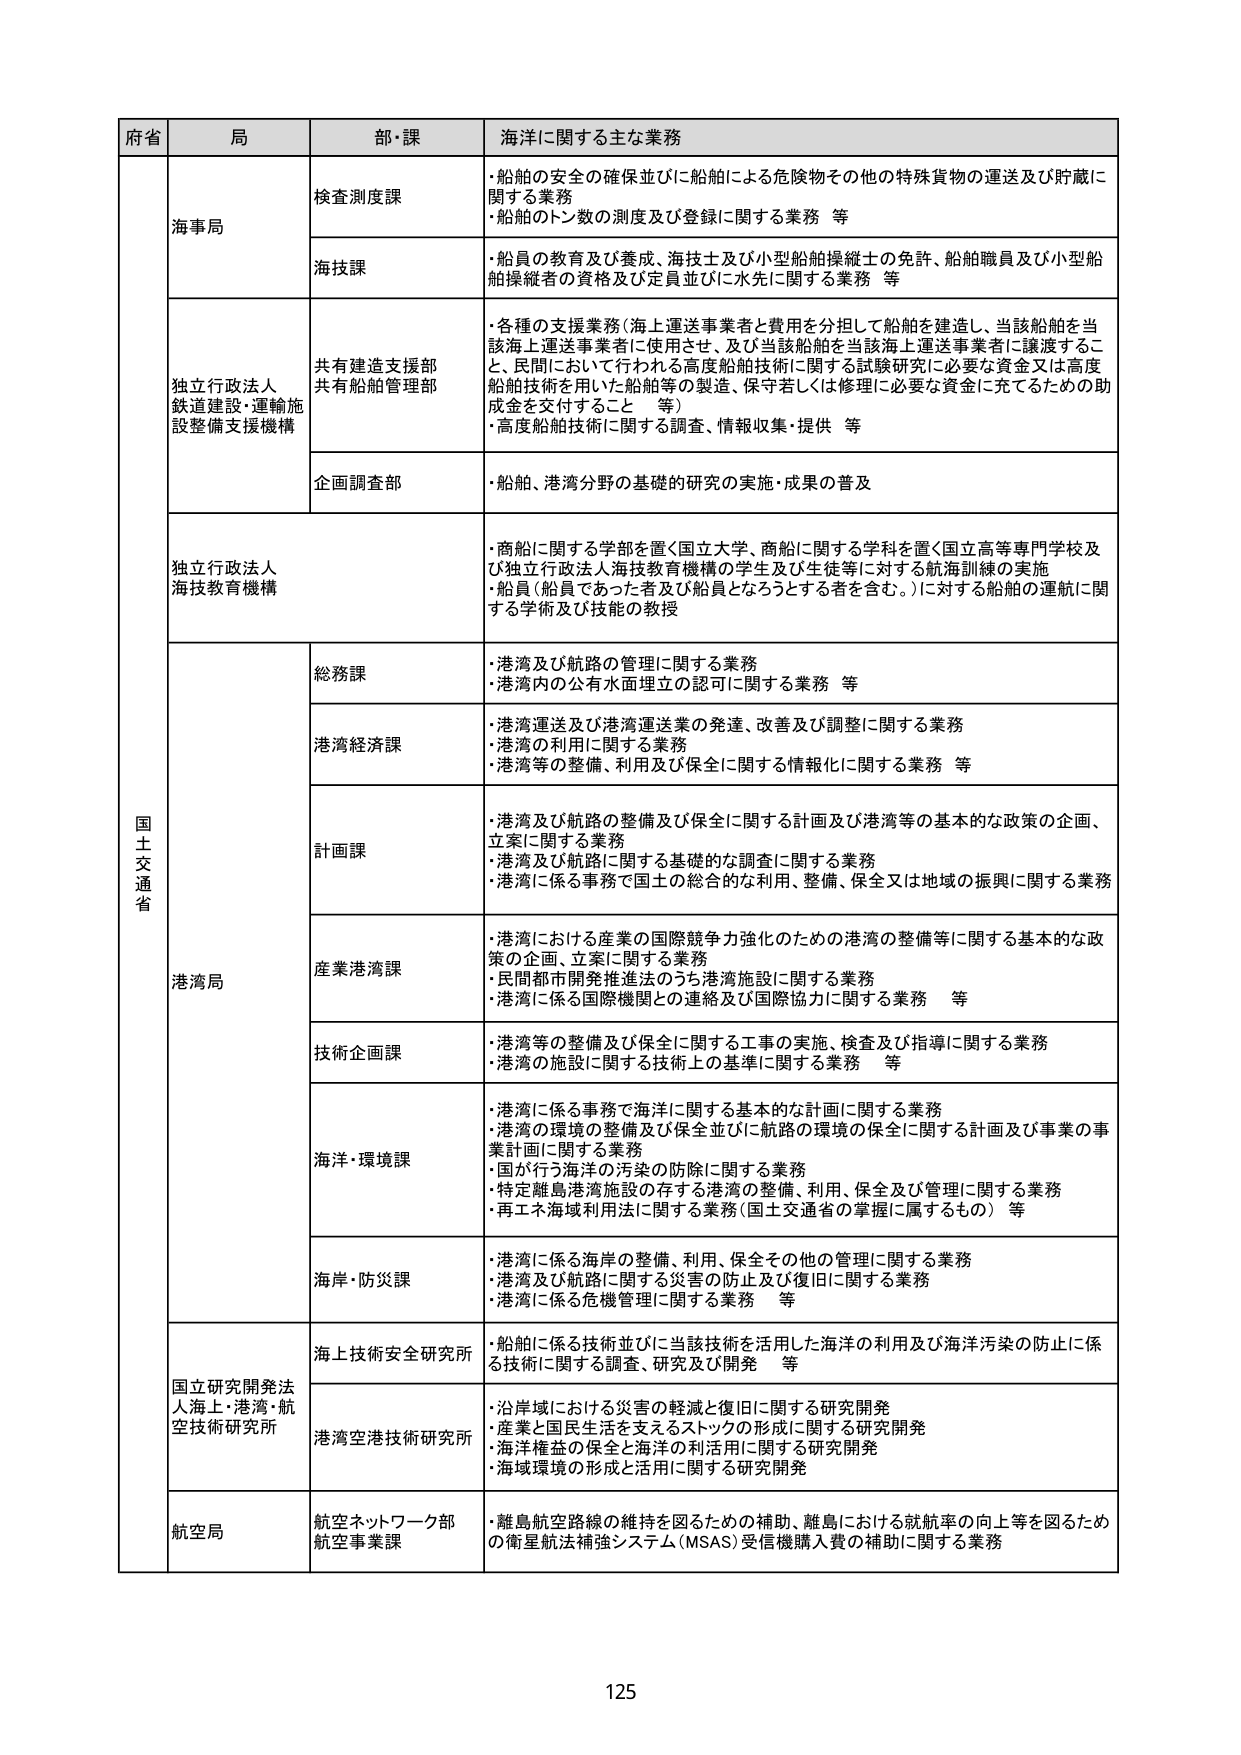
府省 局 部・課 海洋に関する主な業務
国土交通省 海事局 検査測度課 ・船舶の安全の確保並びに船舶による危険物その他の特殊貨物の運送及び貯蔵に関する業務 ・船舶のトン数の測度及び登録に関する業務 等
海技課 ・船員の教育及び養成、海技士及び小型船舶操縦士の免許、船舶職員及び小型船舶操縦者の資格及び定員並びに水先に関する業務 等
独立行政法人 鉄道建設・運輸施設整備支援機構 共有建造支援部 共有船舶管理部 ・各種の支援業務（海上運送事業者と費用を分担して船舶を建造し、当該船舶を当該海上運送事業者に使用させ、及び当該船舶を当該海上運送事業者に譲渡すること、民間において行われる高度船舶技術に関する試験研究に必要な資金又は高度船舶技術を用いた船舶等の製造、保守若しくは修理に必要な資金に充てるための助成金を交付すること 等） ・高度船舶技術に関する調査、情報収集・提供 等
企画調査部 ・船舶、港湾分野の基礎的研究の実施・成果の普及
独立行政法人 海技教育機構 ・商船に関する学科を置く国立大学、商船に関する学科を置く国立高等専門学校及び独立行政法人海技教育機構の学生及び生徒等に対する航海訓練の実施 ・船員（船員であった者及び船員となるとする者を含む。）に対する船舶の運航に関する学術及び技能の教授
港湾局 総務課 ・港湾及び航路の管理に関する業務 ・港湾内の公有水面埋立の認可に関する業務 等
港湾経済課 ・港湾運送及び港湾運送業の発達、改善及び調整に関する業務 ・港湾の利用に関する業務 ・港湾等の整備、利用及び保全に関する情報化に関する業務 等
計画課 ・港湾及び航路の整備及び保全に関する計画及び港湾等の基本的な政策の企画、立案に関する業務 ・港湾及び航路に関する基礎的な調査に関する業務 ・港湾に係る事務で国土の総合的な利用、整備、保全又は地域の振興に関する業務
産業港湾課 ・港湾における産業の国際競争力強化のための港湾の整備等に関する基本的な政策の企画、立案に関する業務 ・民間都市開発推進法のうち港湾施設に関する業務 ・港湾に係る国際機関との連絡及び国際協力に関する業務 等
技術企画課 ・港湾等の整備及び保全に関する工事の実施、検査及び指導に関する業務 ・港湾の施設に関する技術上の基準に関する業務 等
海洋・環境課 ・港湾に係る事務で海洋に関する基本的な計画に関する業務 ・港湾の環境の整備及び保全並びに航路の環境の保全に関する計画及び事業の事業計画に関する業務 ・国が行う海洋の汚染の防除に関する業務 ・特定離島港湾施設の存する港湾の整備、利用、保全及び管理に関する業務 ・再エネ海域利用法に関する業務（国土交通省の掌握に属するもの） 等
海岸・防災課 ・港湾に係る海岸の整備、利用、保全その他の管理に関する業務 ・港湾及び航路に関する災害の防止及び復旧に関する業務 ・港湾に係る危機管理に関する業務 等
国立研究開発法人海上・港湾・航空技術研究所 海上技術安全研究所 ・船舶に係る技術並びに当該技術を活用した海洋の利用及び海洋汚染の防止に係る技術に関する調査、研究及び開発 等
港湾空港技術研究所 ・沿岸域における災害の軽減と復旧に関する研究開発 ・産業と国民生活を支えるストックの形成に関する研究開発 ・海洋権益の保全と海洋の利活用に関する研究開発 ・海域環境の形成と活用に関する研究開発
航空局 航空ネットワーク部 航空事業課 ・離島航空路線の維持を図るための補助、離島における就航率の向上等を図るための衛星航法補強システム（MSAS）受信機購入費の補助に関する業務
125